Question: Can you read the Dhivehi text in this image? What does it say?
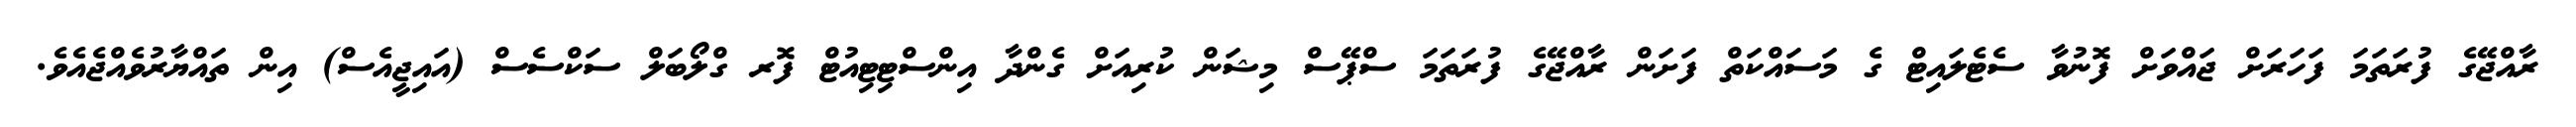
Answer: ރާއްޖޭގެ ފުރަތަމަ ފަހަރަށް ޖައްވަށް ފޮނުވާ ސެޓެލައިޓް ގެ މަސައްކަތް ފަށަން ރާއްޖޭގެ ފުރަތަމަ ސްޕޭސް މިޝަން ކުރިއަށް ގެންދާ އިންސްޓިޓިއުޓް ފޮރ ގްލޯބަލް ސަކްސެސް (އައިޖީއެސް) އިން ތައްޔާރުވެއްޖެއެވެ.